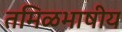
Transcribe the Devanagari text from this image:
तमिळभाषीय